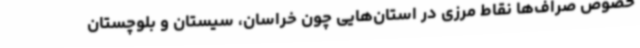
خصوص صراف‌ها نقاط مرزی در استان‌هایی چون خراسان، سیستان و بلوچستان